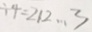
\div 4 = 2 1 2 \cdots 3